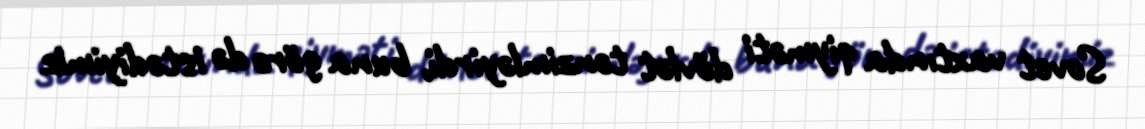
Sovet vaxtında qiyməti dövlət tənzimləyirdi, buna görə də istədiyimiz